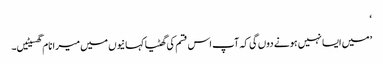
‘
’میں ایسا نہیں ہونے دوں گی کہ آپ اس قسم کی گھٹیا کہانیوں میں میرا نام گھسیٹیں۔